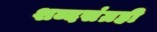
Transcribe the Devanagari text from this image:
शब्दसंग्रही